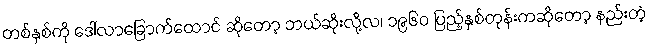
တစ်နှစ်ကို ဒေါ်လာခြောက်ထောင် ဆိုတော့ ဘယ်ဆိုးလို့လ၊ ၁၉၆၀ ပြည့်နှစ်တုန်းကဆိုတော့ နည်းတဲ့